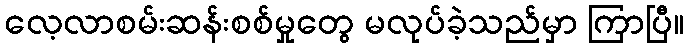
လေ့လာစမ်းဆန်းစစ်မှုတွေ မလုပ်ခဲ့သည်မှာ ကြာပြီ။